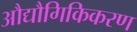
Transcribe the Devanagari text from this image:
औद्यौगिकिकरण